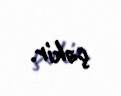
çəkir.